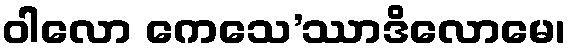
ဝါလော ကေသေ’ဿာဒိလောမေ၊